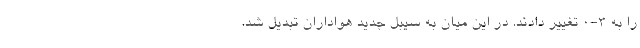
را به 3-0 تغییر دادند. در این میان به سیبل جدید هواداران تبدیل شد.